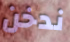
ندخن